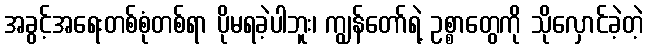
အခွင့်အရေးတစ်စုံတစ်ရာ ပိုမရခဲ့ပါဘူး၊ ကျွန်တော်ရဲ့ ဥစ္စာတွေကို သိုလှောင်ခဲ့တဲ့